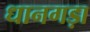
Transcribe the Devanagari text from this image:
धानगड़ा